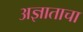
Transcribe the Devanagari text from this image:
अज्ञाताचा